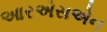
આરએસએન